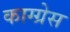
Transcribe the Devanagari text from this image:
काग्ग्रेस